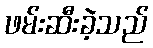
ဖမ်းဆီးခဲ့သည်